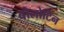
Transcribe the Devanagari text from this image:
बोलोटिन